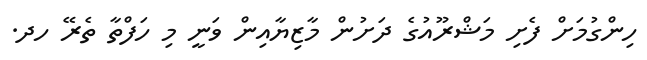
ހިންގުމަށް ފެށި މަޝްރޫއުގެ ދަށުން މާޒިޔާއިން ވަނީ މި ހަފްތާ ތެރޭ ހދ.